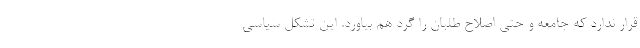
قرار ندارد که جامعه و حتی اصلاح طلبان را گرد هم بیاورد. این تشکل سیاسی